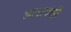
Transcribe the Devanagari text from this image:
अलायतों